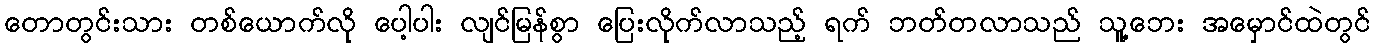
တောတွင်းသား တစ်ယောက်လို ပေါ့ပါး လျင်မြန်စွာ ပြေးလိုက်လာသည့် ရက် ဘတ်တလာသည် သူ့ဘေး အမှောင်ထဲတွင်